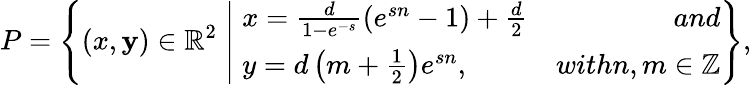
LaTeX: P=\left\lbrace(x,\mathbf{y})\in\mathbb{{R}}^{2}\; \middle|\; \begin{array}{lr}{x=\frac{d}{1-e^{-s}}(e^{sn}-1)+\frac{d}{2}}&{and}\\ {y=d\left(m+\frac{1}{2}\right)e^{sn},}&{withn,m\in\mathbb{Z}}\end{array}\right\rbrace,